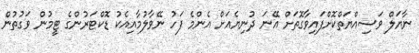
ނާޔަލް ވަސިއްޔަތްކޮށްފައިވާގޮތަށް އޭނަ ދުނިޔެއަށް އެންމެ ފަހު ނޭވާލުމާއިއެކު ޑޮކްޓަރުންގެ ޓީމުން ވަގުތުން